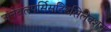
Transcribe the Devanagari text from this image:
अनेबलपर्सिसटिडसिलेक्शन